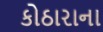
કોઠારાના